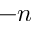
- n